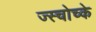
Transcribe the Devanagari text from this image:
ज्स्चोच्के